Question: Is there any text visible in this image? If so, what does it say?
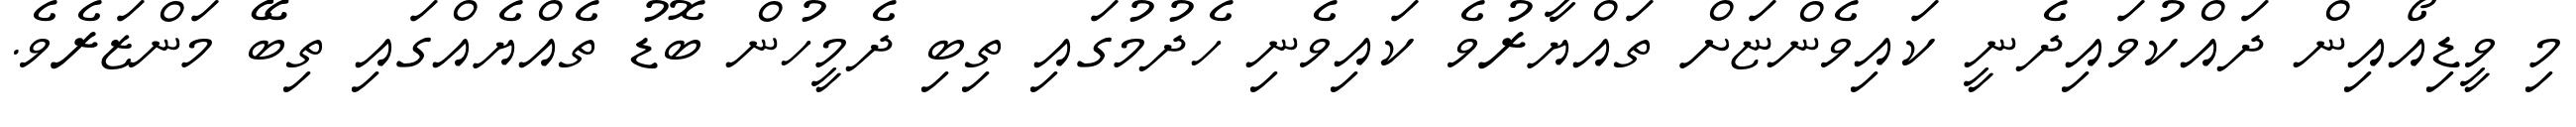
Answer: މި ވީޑިއޯއިން ދައްކުވައިދެނީ ކައިވެންޏަށް ތައްޔާރުވެ ކައިވެނި ހެދުމުގައި ތިބި ދެމީހުން ބޮޑު ތެއްޔެއްގައި ތިބޭ މަންޒަރެވެ.